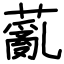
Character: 薍